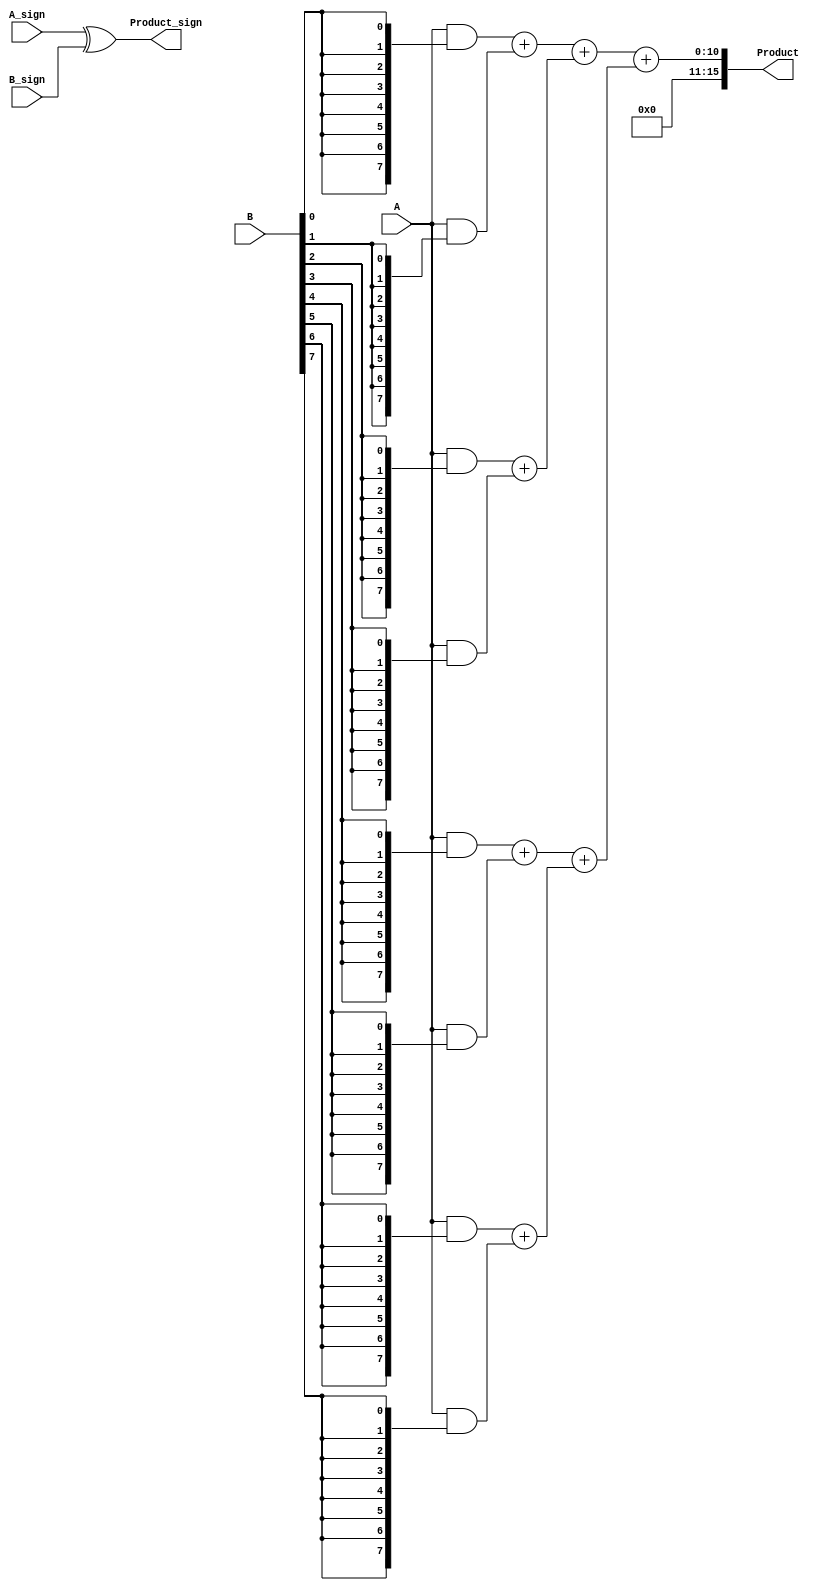
module FixedPointWallaceTreeMultiplier #(
    parameter N = 8,  // Width of operand A
    parameter M = 8   // Width of operand B
)(
    input  wire [N-1:0] A,         // First fixed-point operand
    input  wire [M-1:0] B,         // Second fixed-point operand
    input  wire A_sign,             // Sign bit of operand A
    input  wire B_sign,             // Sign bit of operand B
    output wire [N+M-1:0] Product,  // Fixed-point product output
    output wire Product_sign         // Sign bit of the resultant product
);

    // Partial Product Generation
    wire [N-1:0] partial_products[M-1:0];
    genvar i;
    generate
        for (i = 0; i < M; i = i + 1) begin : gen_partial_products
            assign partial_products[i] = A & {N{B[i]}};
        end
    endgenerate

    // Wallace Tree Reduction
    wire [N+M-1:0] sum [0:M/2-1];
    wire [N+M-1:0] carry [0:M/2-1];

    // Simple function to add two numbers with carry
    function [N+M-1:0] add;
        input [N+M-1:0] a, b;
        reg [N+M:0] carry_out;
        begin
            {carry_out, add} = a + b;
        end
    endfunction

    // First level of reduction
    wire [N+M-1:0] level1[M/2-1:0];
    generate
        for (i = 0; i < M; i = i + 1) begin : reduce_level1
            if (i % 2 == 0 && (i + 1) < M) begin
                assign {carry[i/2], level1[i/2]} = add(partial_products[i], partial_products[i + 1]);
            end
        end
    endgenerate

    // Second level of reduction
    generate
        for (i = 0; i < (M/2); i = i + 1) begin : reduce_level2
            if (i % 2 == 0 && (i + 1) < (M/2)) begin
                assign {carry[i/2], sum[i/2]} = add(level1[i], level1[i + 1]);
            end
        end
    endgenerate

    // Final Addition
    wire [N+M-1:0] final_sum;
    wire final_carry;
    assign {final_carry, final_sum} = add(sum[0], sum[1]);

    // Sign Handling
    assign Product_sign = A_sign ^ B_sign;
    
    // Output Formatting
    assign Product = final_sum;

endmodule